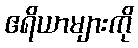
ဧရိယာများကို